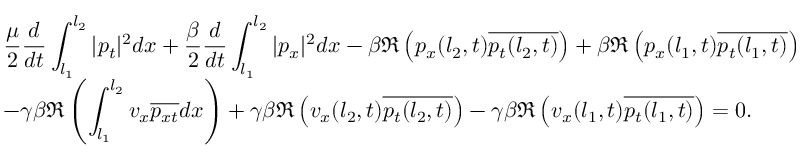
\begin{array} { l } { \displaystyle \frac { \mu } { 2 } \frac { d } { d t } \int _ { l _ { 1 } } ^ { l _ { 2 } } | p _ { t } | ^ { 2 } d x + \frac { \beta } { 2 } \frac { d } { d t } \int _ { l _ { 1 } } ^ { l _ { 2 } } | p _ { x } | ^ { 2 } d x - \beta \Re \left( p _ { x } ( l _ { 2 } , t ) \overline { { p _ { t } ( l _ { 2 } , t ) } } \right) + \beta \Re \left( p _ { x } ( l _ { 1 } , t ) \overline { { p _ { t } ( l _ { 1 } , t ) } } \right) } \\ { \displaystyle - \gamma \beta \Re \left( \int _ { l _ { 1 } } ^ { l _ { 2 } } v _ { x } \overline { { p _ { x t } } } d x \right) + \gamma \beta \Re \left( v _ { x } ( l _ { 2 } , t ) \overline { { p _ { t } ( l _ { 2 } , t ) } } \right) - \gamma \beta \Re \left( v _ { x } ( l _ { 1 } , t ) \overline { { p _ { t } ( l _ { 1 } , t ) } } \right) = 0 . } \end{array}